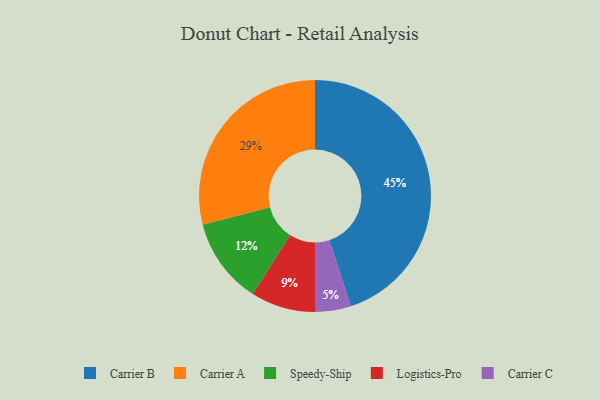
{"axis": {"x": "Category", "y": "Percentage"}, "legend": ["Carrier A", "Carrier B", "Carrier C", "Logistics-Pro", "Speedy-Ship"], "data": [{"x": "Carrier C", "y": 5, "type": "Carrier C"}, {"x": "Carrier A", "y": 29, "type": "Carrier A"}, {"x": "Speedy-Ship", "y": 12, "type": "Speedy-Ship"}, {"x": "Logistics-Pro", "y": 9, "type": "Logistics-Pro"}, {"x": "Carrier B", "y": 45, "type": "Carrier B"}]}